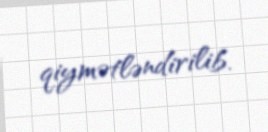
qiymətləndirilib.